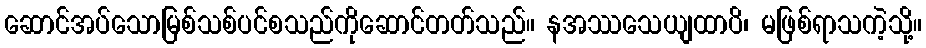
ဆောင်အပ်သောမြစ်သစ်ပင်စသည်ကိုဆောင်တတ်သည်။ နအဿသေယျထာပိ၊ မဖြစ်ရာသကဲ့သို့။